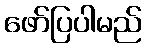
ဖော်ပြပါမည်